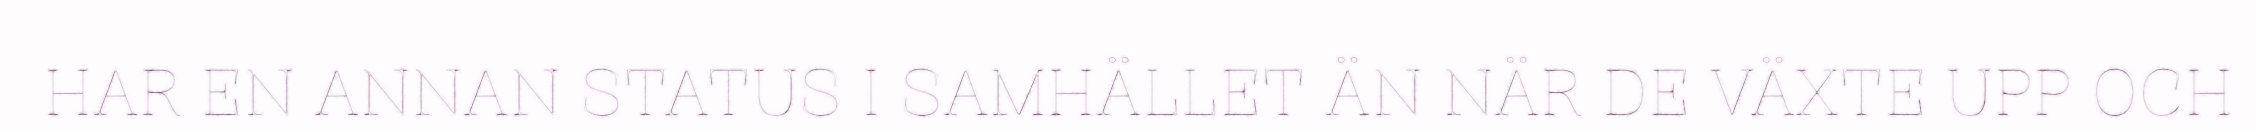
HAR EN ANNAN STATUS I SAMHÄLLET ÄN NÄR DE VÄXTE UPP OCH